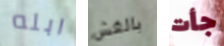
ابله بالغش جأت